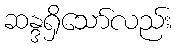
ဆန္ဒရှိသော်လည်း